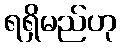
ရရှိမည်ဟု